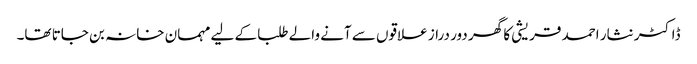
ڈاکٹر نثار احمد قریشی کا گھر دور دراز علاقوں سے آنے والے طلبا کے لیے مہمان خانہ بن جاتا تھا۔